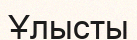
Ұлысты